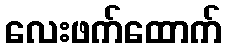
လေးဖက်ထောက်